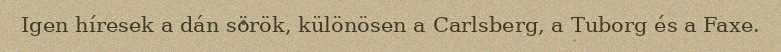
Igen híresek a dán sörök, különösen a Carlsberg, a Tuborg és a Faxe.